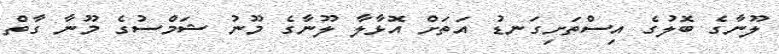
ލޫނާގެ ބޮލުގެ އިސްތަށިގަނޑު އަތަށް އޮޅާލާ ލޫނާގެ މޫނު ޝަމްސުގެ މޫނާ ގާތް